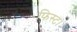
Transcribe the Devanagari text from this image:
फिस्ट।